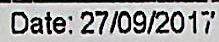
DATE: 27/09/2017